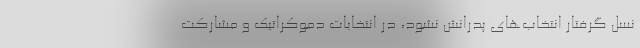
نسل گرفتار انتخاب‌های پدرانش نشود، در انتخابات دموکراتیک و مشارکت